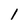
Character: 1